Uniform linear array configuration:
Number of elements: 64
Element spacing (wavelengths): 1
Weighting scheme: hamming
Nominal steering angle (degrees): -45
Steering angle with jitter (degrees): -46.529
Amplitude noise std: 0.05
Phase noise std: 0.05

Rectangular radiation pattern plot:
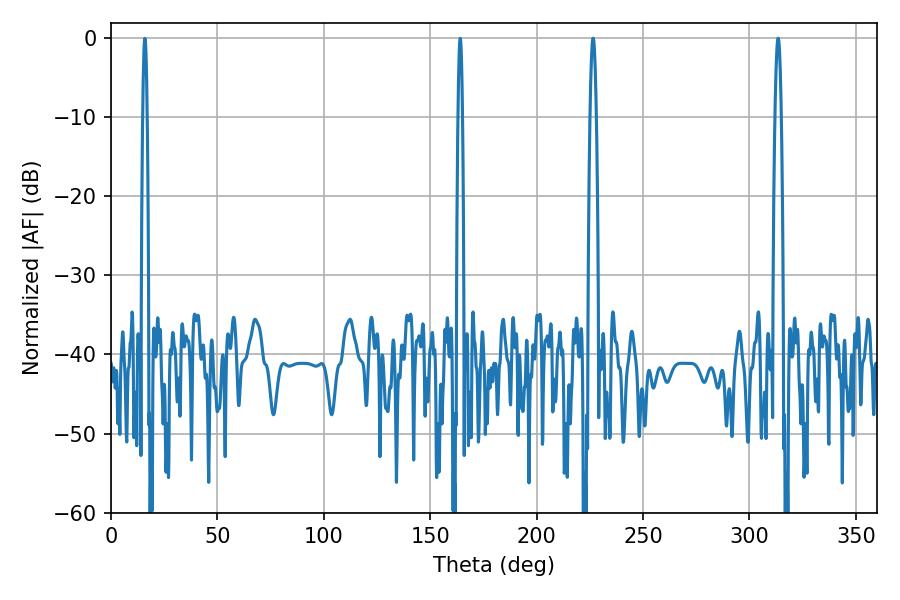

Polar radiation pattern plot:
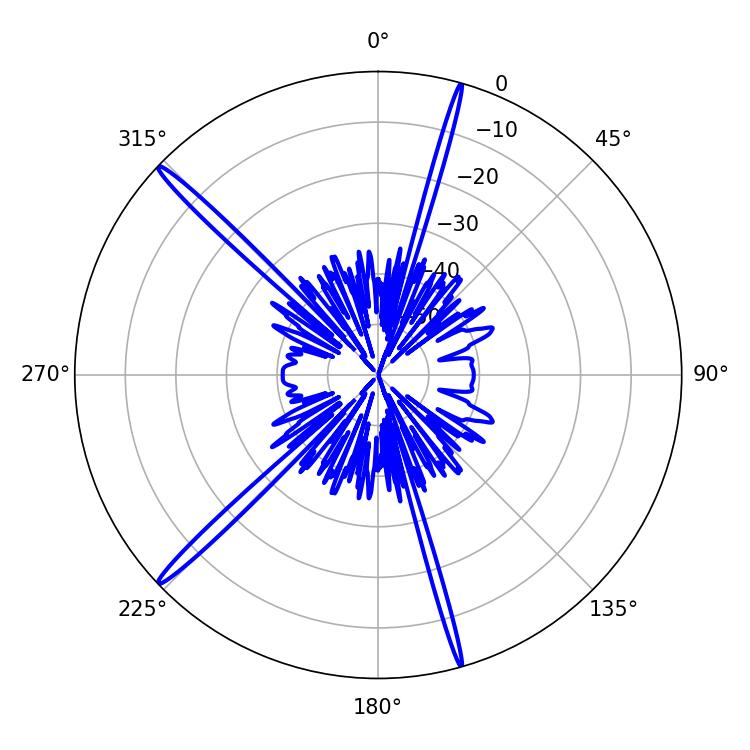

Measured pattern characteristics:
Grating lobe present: TRUE
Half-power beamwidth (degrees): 1.62
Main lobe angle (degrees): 226.44